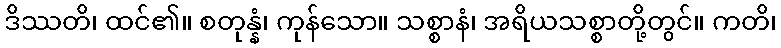
ဒိဿတိ၊ ထင်၏။ စတုန္နံ၊ ကုန်သော။ သစ္စာနံ၊ အရိယသစ္စာတို့တွင်။ ကတိ၊